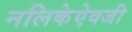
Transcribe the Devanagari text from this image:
नलिकेऐवजी